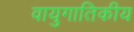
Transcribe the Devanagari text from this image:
वायुगातिकीय